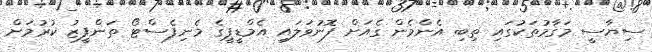
ސިޔާސީ މަގާމުތަކުގައި ތިބި އެންމެން ގެއަށް ފޮނުވަލައި އެމްޑީޕީގެ މެނިފެސްޓޯ ތަންފީޒު ކުރުމަށް